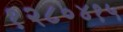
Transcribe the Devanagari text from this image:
१२८०४१५